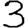
Digit: 3